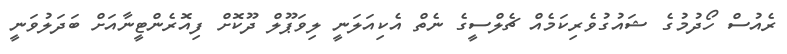
ރެއުސް ހޯދުމުގެ ޝައުގުވެރިކަމެއް ޗެލްސީގެ ނެތް އެކިއަލަނީ ލިވަޕޫލް ދޫކޮށް ފިއޮރެންޓީނާއަށް ބަދަލުވަނީ